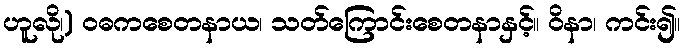
ဟူလို၊) ဝဓကစေတနာယ၊ သတ်ကြောင်းစေတနာနှင့်။ ဝိနာ၊ ကင်း၍။